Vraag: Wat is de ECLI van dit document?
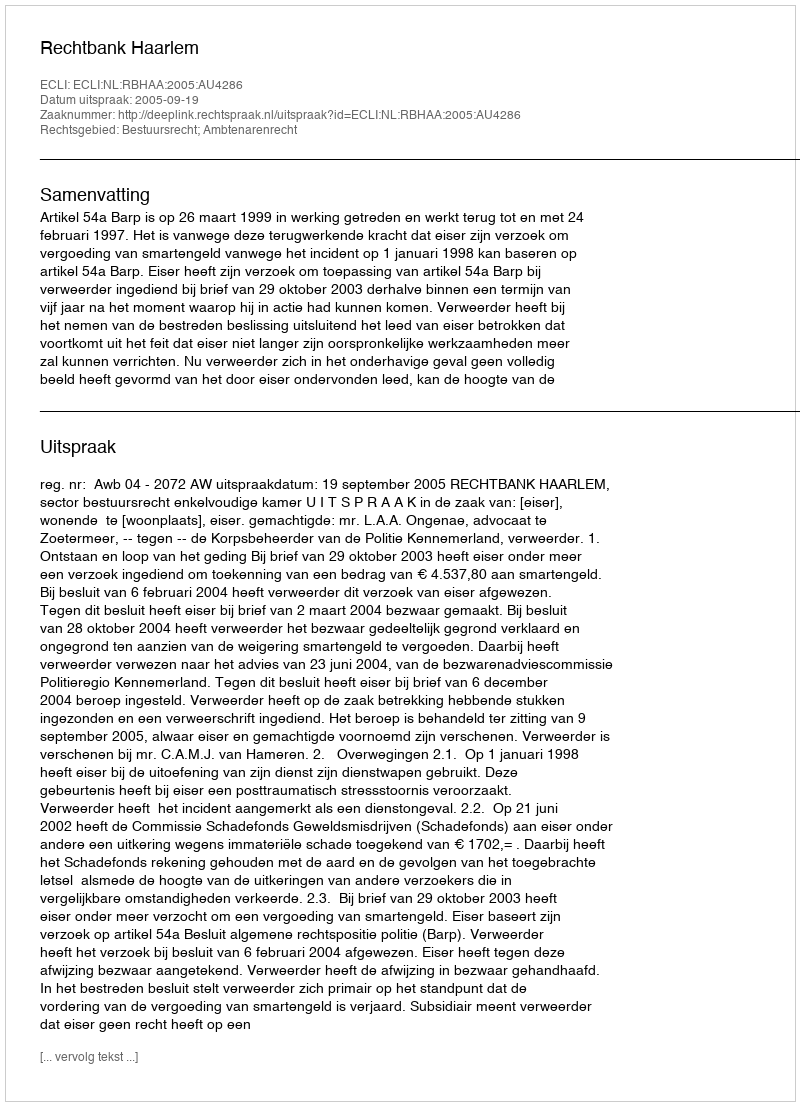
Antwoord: ECLI:NL:RBHAA:2005:AU4286